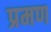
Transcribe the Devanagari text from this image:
प्रमण